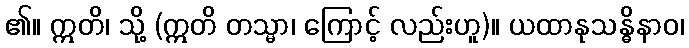
၏။ ဣတိ၊ သို့ (ဣတိ တသ္မာ၊ ကြောင့် လည်းဟူ)။ ယထာနုသန္ဓိနာဝ၊